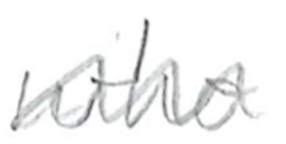
Text: who
Cross-out: wave
Writing tool: pencil